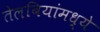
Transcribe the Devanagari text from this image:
तेलबियांमध्ये